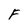
Character: F